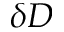
\delta D